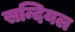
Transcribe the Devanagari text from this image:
सन्दियल